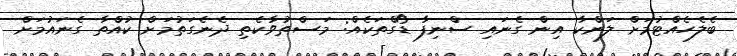
ބެލެހެއްޓުމަށް ލަންކާ އިން ގެނައި ސްނިފާ ޑޯގްތަކެއް: މަސްތުވާކެތި ދެނެގަތުމަށް ކުއްތާ ގެނައުމަށް